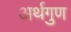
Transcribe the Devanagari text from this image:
अर्थगुण